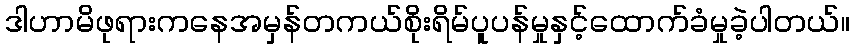
ဒါဟာမိဖုရားကနေအမှန်တကယ်စိုးရိမ်ပူပန်မှုနှင့်ထောက်ခံမှုခဲ့ပါတယ်။